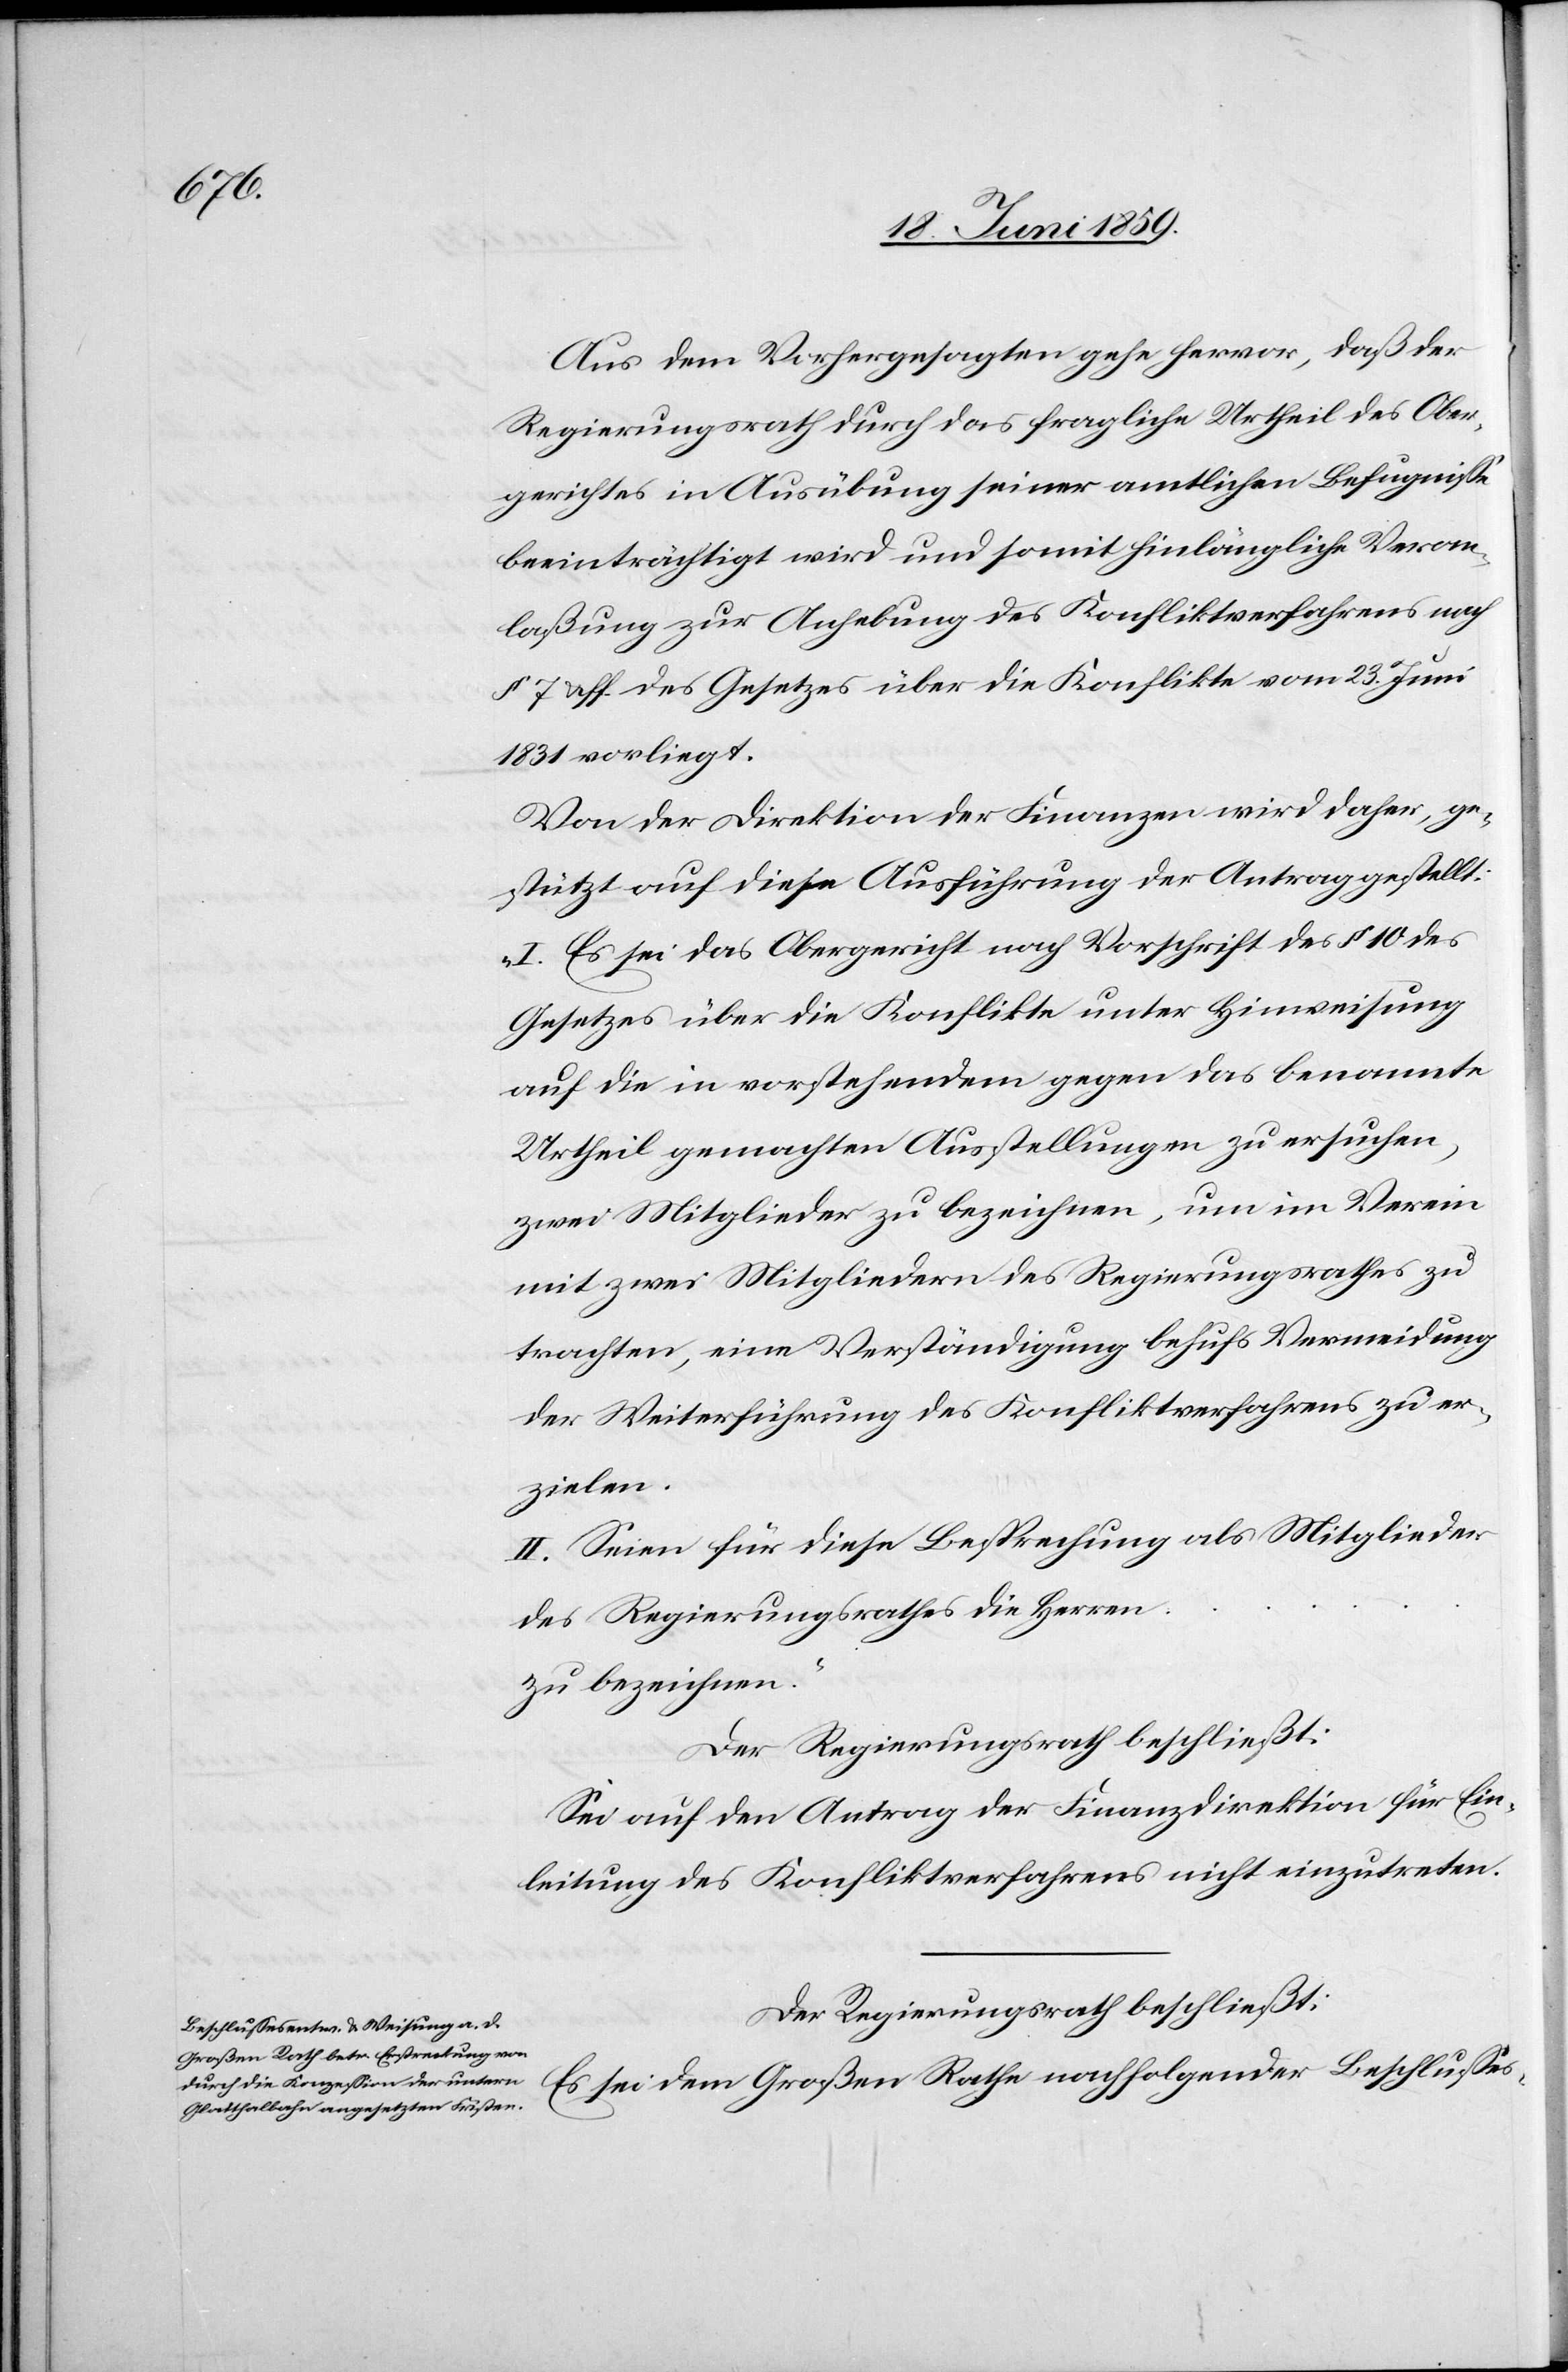
Aus dem Vorhergesagten gehe hervor, daß der
Regierungsrath durch das fragliche Urtheil des Ober¬
gerichtes in Ausübung seiner amtlichen Befugnisse
beeinträchtigt wird und somit hinlänglich Veran¬
laßung zur Anhebung des Konfliktverfahrens nach
§ 7 u. ff. des Gesetzes über die Konflikte vom 23. Juni
1831 vorliegt.
Von der Direktion der Finanzen wird daher, ge¬
stützt auf diese Ausführung der Antrag gestellt:
„I. Es sei das Obergericht nach Vorschrift des § 10 des
Gesetzes über die Konflikte unter Hinweisung
auf die in vorstehendem gegen das benannte
Urtheil gemachten Ausstellungen zu ersuchen,
zwei Mitglieder zu bezeichnen, um im Verein
mit zwei Mitgliedern des Regierungsrathes zu
trachten, eine Verständigung behufs Vermeidung
der Weiterführung des Konfliktverfahrens zu er¬
zielen.
II. Seien für diese Besprechung als Mitglieder
des Regierungsrathes die Herren …
zu bezeichnen.“
Der Regierungsrath beschließt:
Sei auf den Antrag der Finanzdirektion für Ein¬
leitung des Konfliktverfahrens nicht einzutreten.
Der Regierungsrath beschließt:
Es sei dem Großen Rathe nachfolgender Beschlusses-